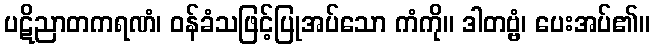
ပဋိညာတကရဏံ၊ ဝန်ခံသဖြင့်ပြုအပ်သော ကံကို။ ဒါတဗ္ဗံ၊ ပေးအပ်၏။